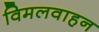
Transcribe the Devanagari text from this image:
विमलवाहन